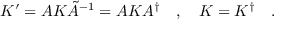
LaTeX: K ^ { \prime } = A K \tilde { A } ^ { - 1 } = A K A ^ { \dagger } \quad , \quad K = K ^ { \dagger } \quad .